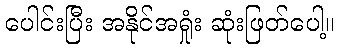
ပေါင်းပြီး အနိုင်အရှုံး ဆုံးဖြတ်ပေါ့။